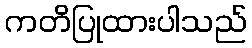
ကတိပြုထားပါသည်